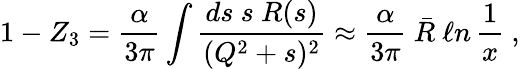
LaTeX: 1-Z_{3}=\frac{\alpha}{3\pi}\int\frac{ds~s~R(s)}{(Q^{2}+s)^{2}}\approx\frac{\alpha}{3\pi}~\bar{R}~\ell n\, \frac{1}{x}\ ,